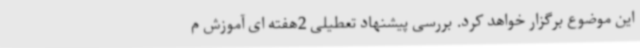
این موضوع برگزار خواهد کرد. بررسی پیشنهاد تعطیلی 2هفته ای آموزش م